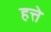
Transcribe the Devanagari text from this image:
हत्ते